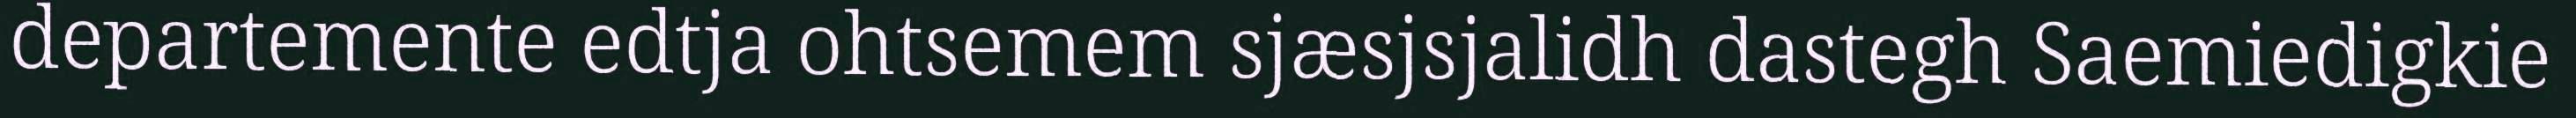
departemente edtja ohtsemem sjæsjsjalidh dastegh Saemiedigkie